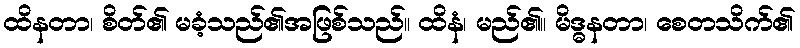
ထိနတာ၊ စိတ်၏ မခံ့သည်၏အဖြစ်သည်။ ထိနံ၊ မည်၏။ မိဒ္ဓနတာ၊ စေတသိက်၏